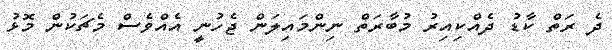
ދެ ރަތް ކާޑު ދެއްކިއިރު މުބާރަތް ނިންމައިލަން ޖެހުނީ އެއްވެސް މެޗަކުން މޮޅު